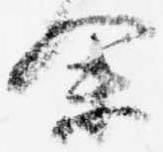
余